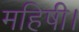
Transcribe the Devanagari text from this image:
महिषी।